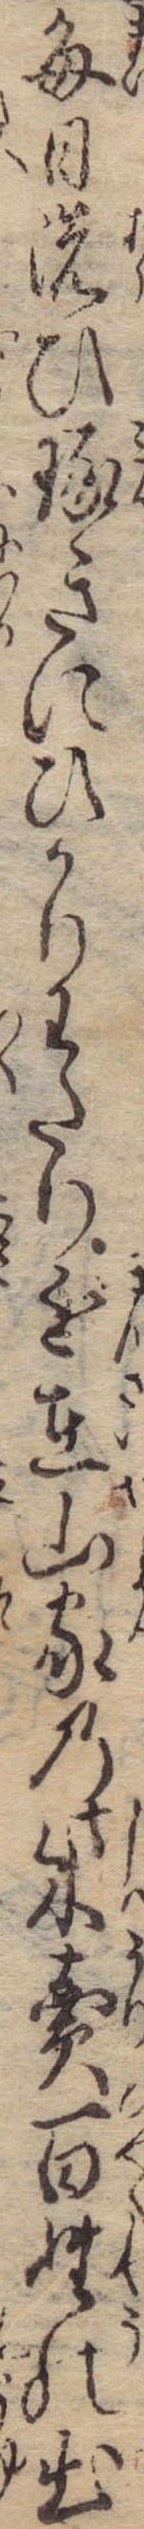
毎日洗ひ琢きにひかりわたり近在山家の柴売百姓の出